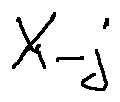
X _ { - j }